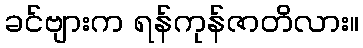
ခင်ဗျားက ရန်ကုန်ဇာတိလား။